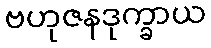
ဗဟုဇနဒုက္ခာယ